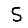
Digit: 5